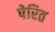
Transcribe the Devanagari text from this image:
पेरित